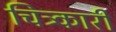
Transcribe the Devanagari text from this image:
चित्र्कारी